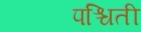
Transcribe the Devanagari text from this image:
पश्चिती